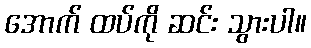
အောက် ထပ်ကို ဆင်း သွားပါ။